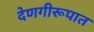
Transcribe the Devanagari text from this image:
देणगीरूपात